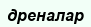
дреналар